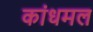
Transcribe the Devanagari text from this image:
कांधमल